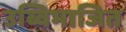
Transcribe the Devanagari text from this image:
उब्विभाजित